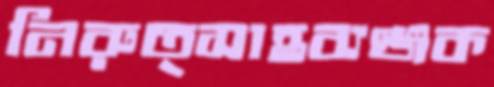
নিরুত্সাহব্যঞ্জক